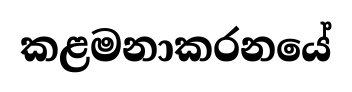
කළමනාකරනයේ